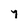
Character: y